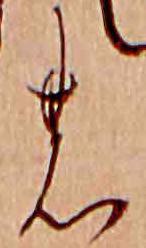
の